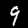
Label: 9